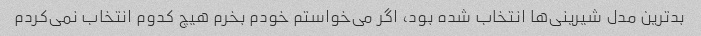
بدترین مدل شیرینی‌ها انتخاب شده بود، اگر می‌خواستم خودم بخرم هیچ کدوم انتخاب نمی‌کردم